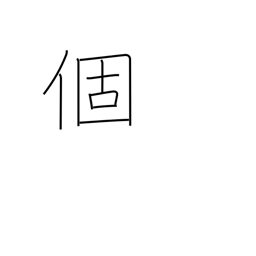
Meaning: individual